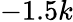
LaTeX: -1.5k